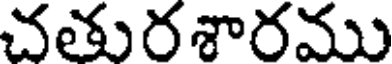
చతురశారము